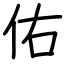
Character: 佑